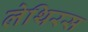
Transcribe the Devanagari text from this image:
लेथिरस